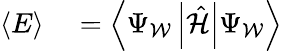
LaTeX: \begin{array}{rl}{\langle E\rangle}&{{}=\left\langle\Psi_{\mathcal{W}}\left|\hat{\mathcal{H}}\right|\Psi_{\mathcal{W}}\right\rangle}\end{array}